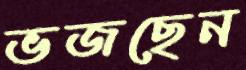
ভজছেন